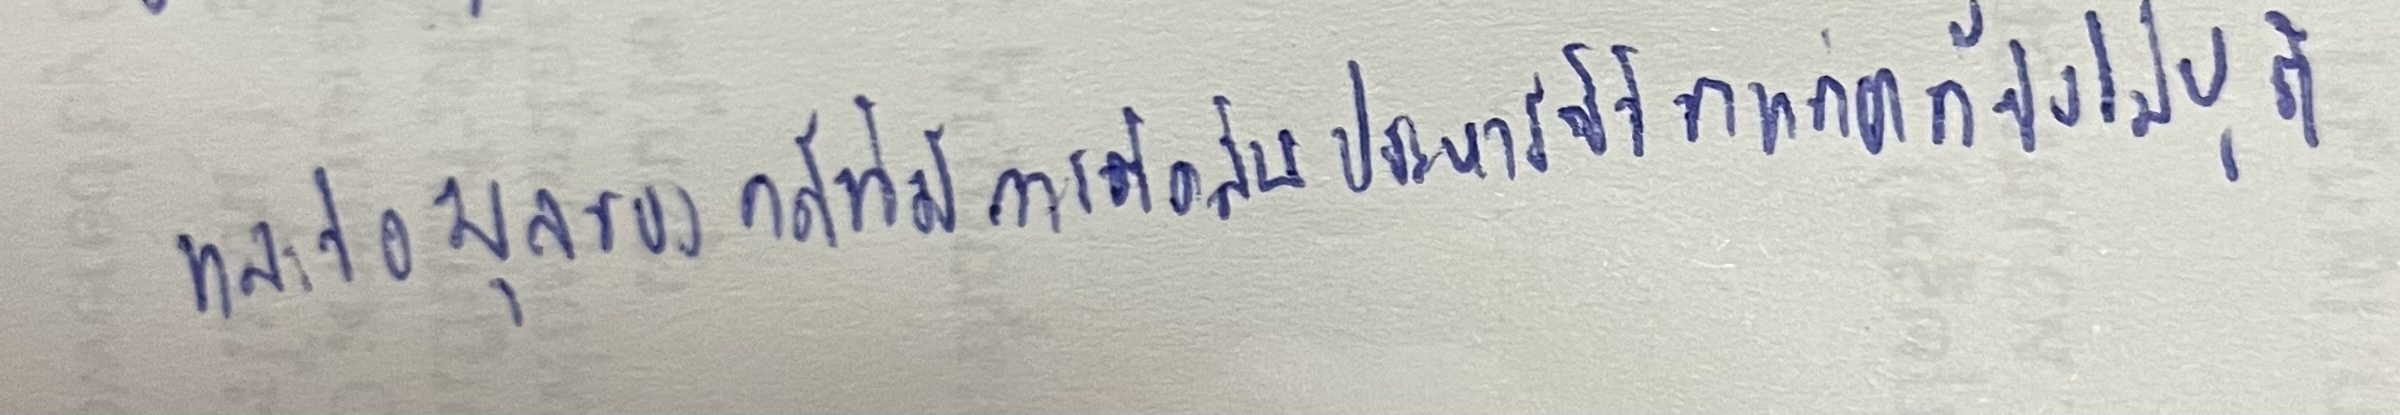
และข้อมูลของคดีที่มีการตัดสินประหารชีวิตแต่คดียังไม่ยุติ